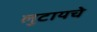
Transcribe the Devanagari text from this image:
लुटायचे